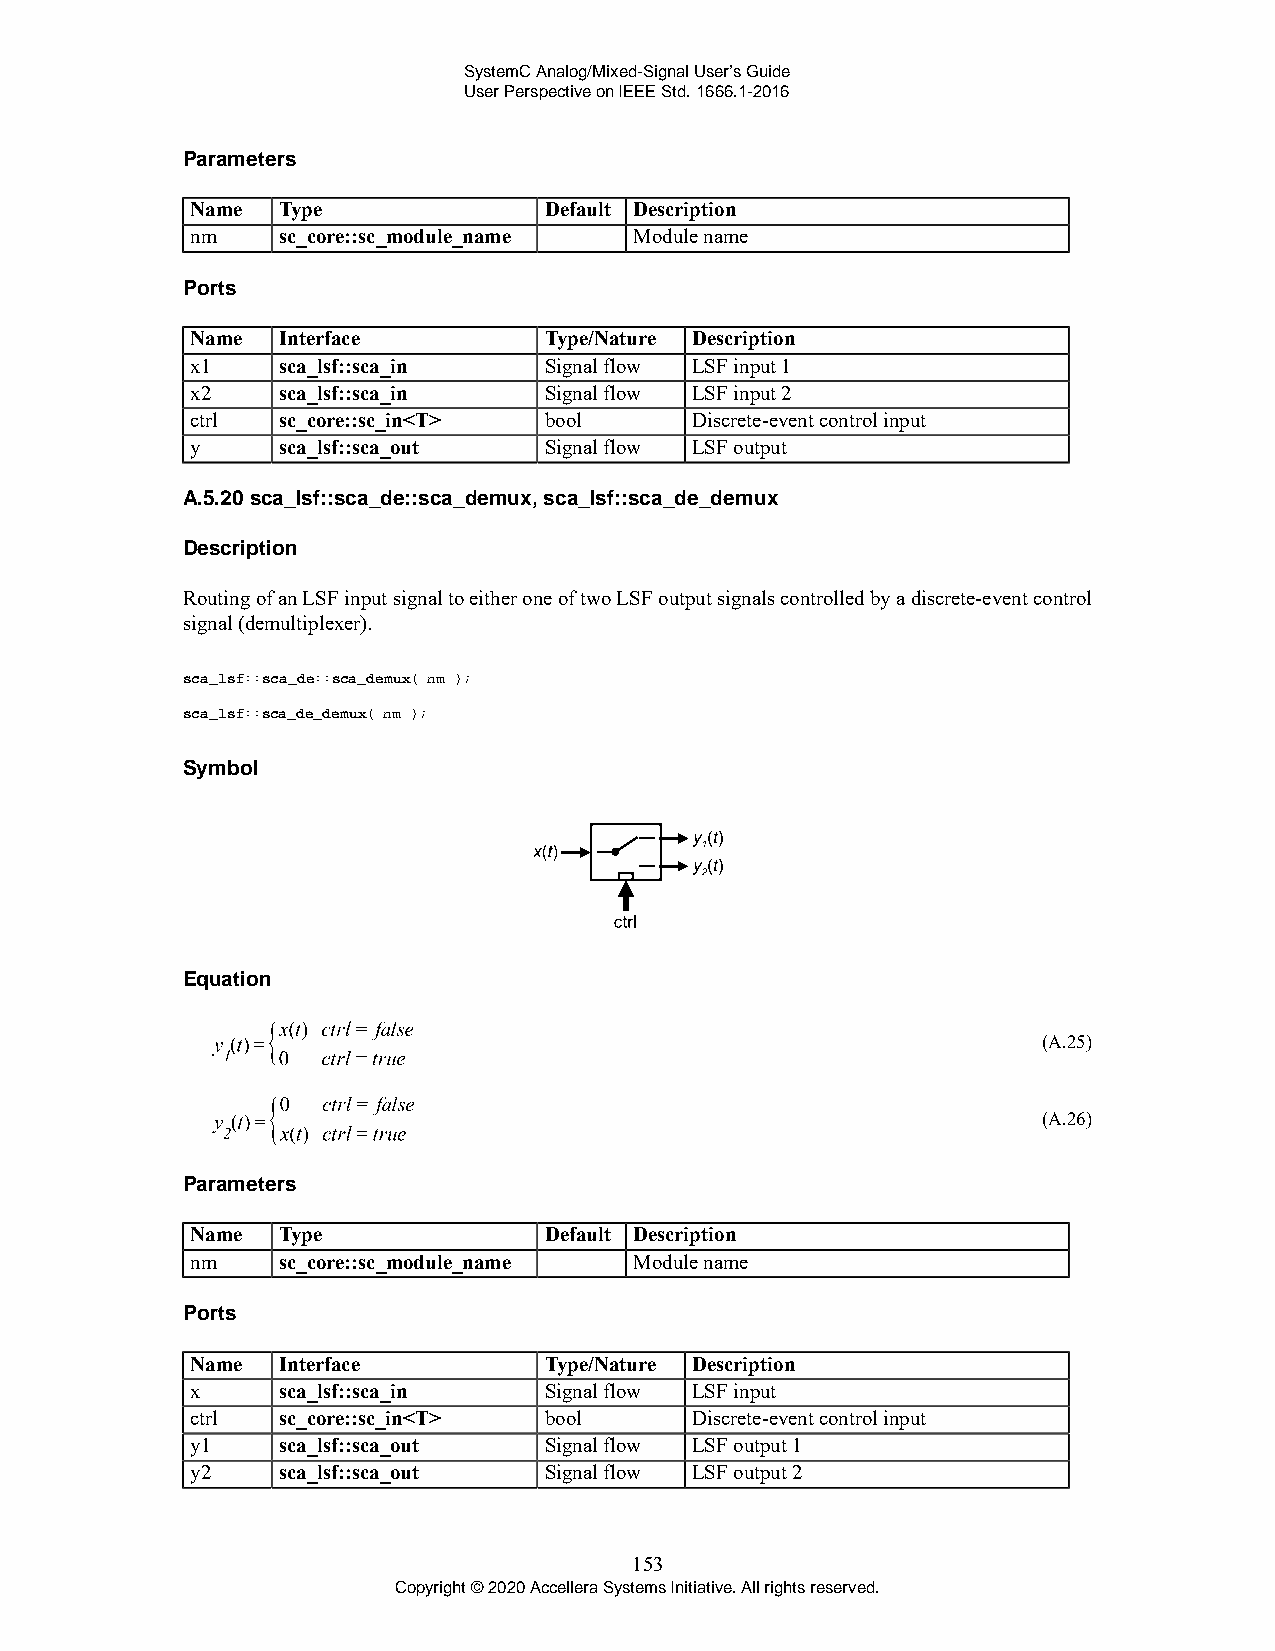
SystemC Analog/Mixed-Signal User’s Guide
 User Perspective on IEEE Std. 1666.1-2016
 Parameters
 Name Type              Default Description
 nm   sc_core::sc_module_name Module name
 Ports
 Name Interface         Type/Nature Description
 x1   sca_lsf::sca_in   Signal flow LSF input 1
 x2   sca_lsf::sca_in   Signal flow LSF input 2
 ctrl sc_core::sc_in<T> bool      Discrete-event control input
 y    sca_lsf::sca_out  Signal flow LSF output
 A.5.20 sca_lsf::sca_de::sca_demux, sca_lsf::sca_de_demux
 Description
 Routing of an LSF input signal to either one of two LSF output signals controlled by a discrete-event control
 signal (demultiplexer).
 sca_lsf::sca_de::sca_demux( nm );
 sca_lsf::sca_de_demux( nm );
 Symbol
 Equation
 (A.25)
 (A.26)
 Parameters
 Name Type              Default Description
 nm   sc_core::sc_module_name Module name
 Ports
 Name Interface         Type/Nature Description
 x    sca_lsf::sca_in   Signal flow LSF input
 ctrl sc_core::sc_in<T> bool      Discrete-event control input
 y1   sca_lsf::sca_out  Signal flow LSF output 1
 y2   sca_lsf::sca_out  Signal flow LSF output 2
 153
 Copyright © 2020 Accellera Systems Initiative. All rights reserved.